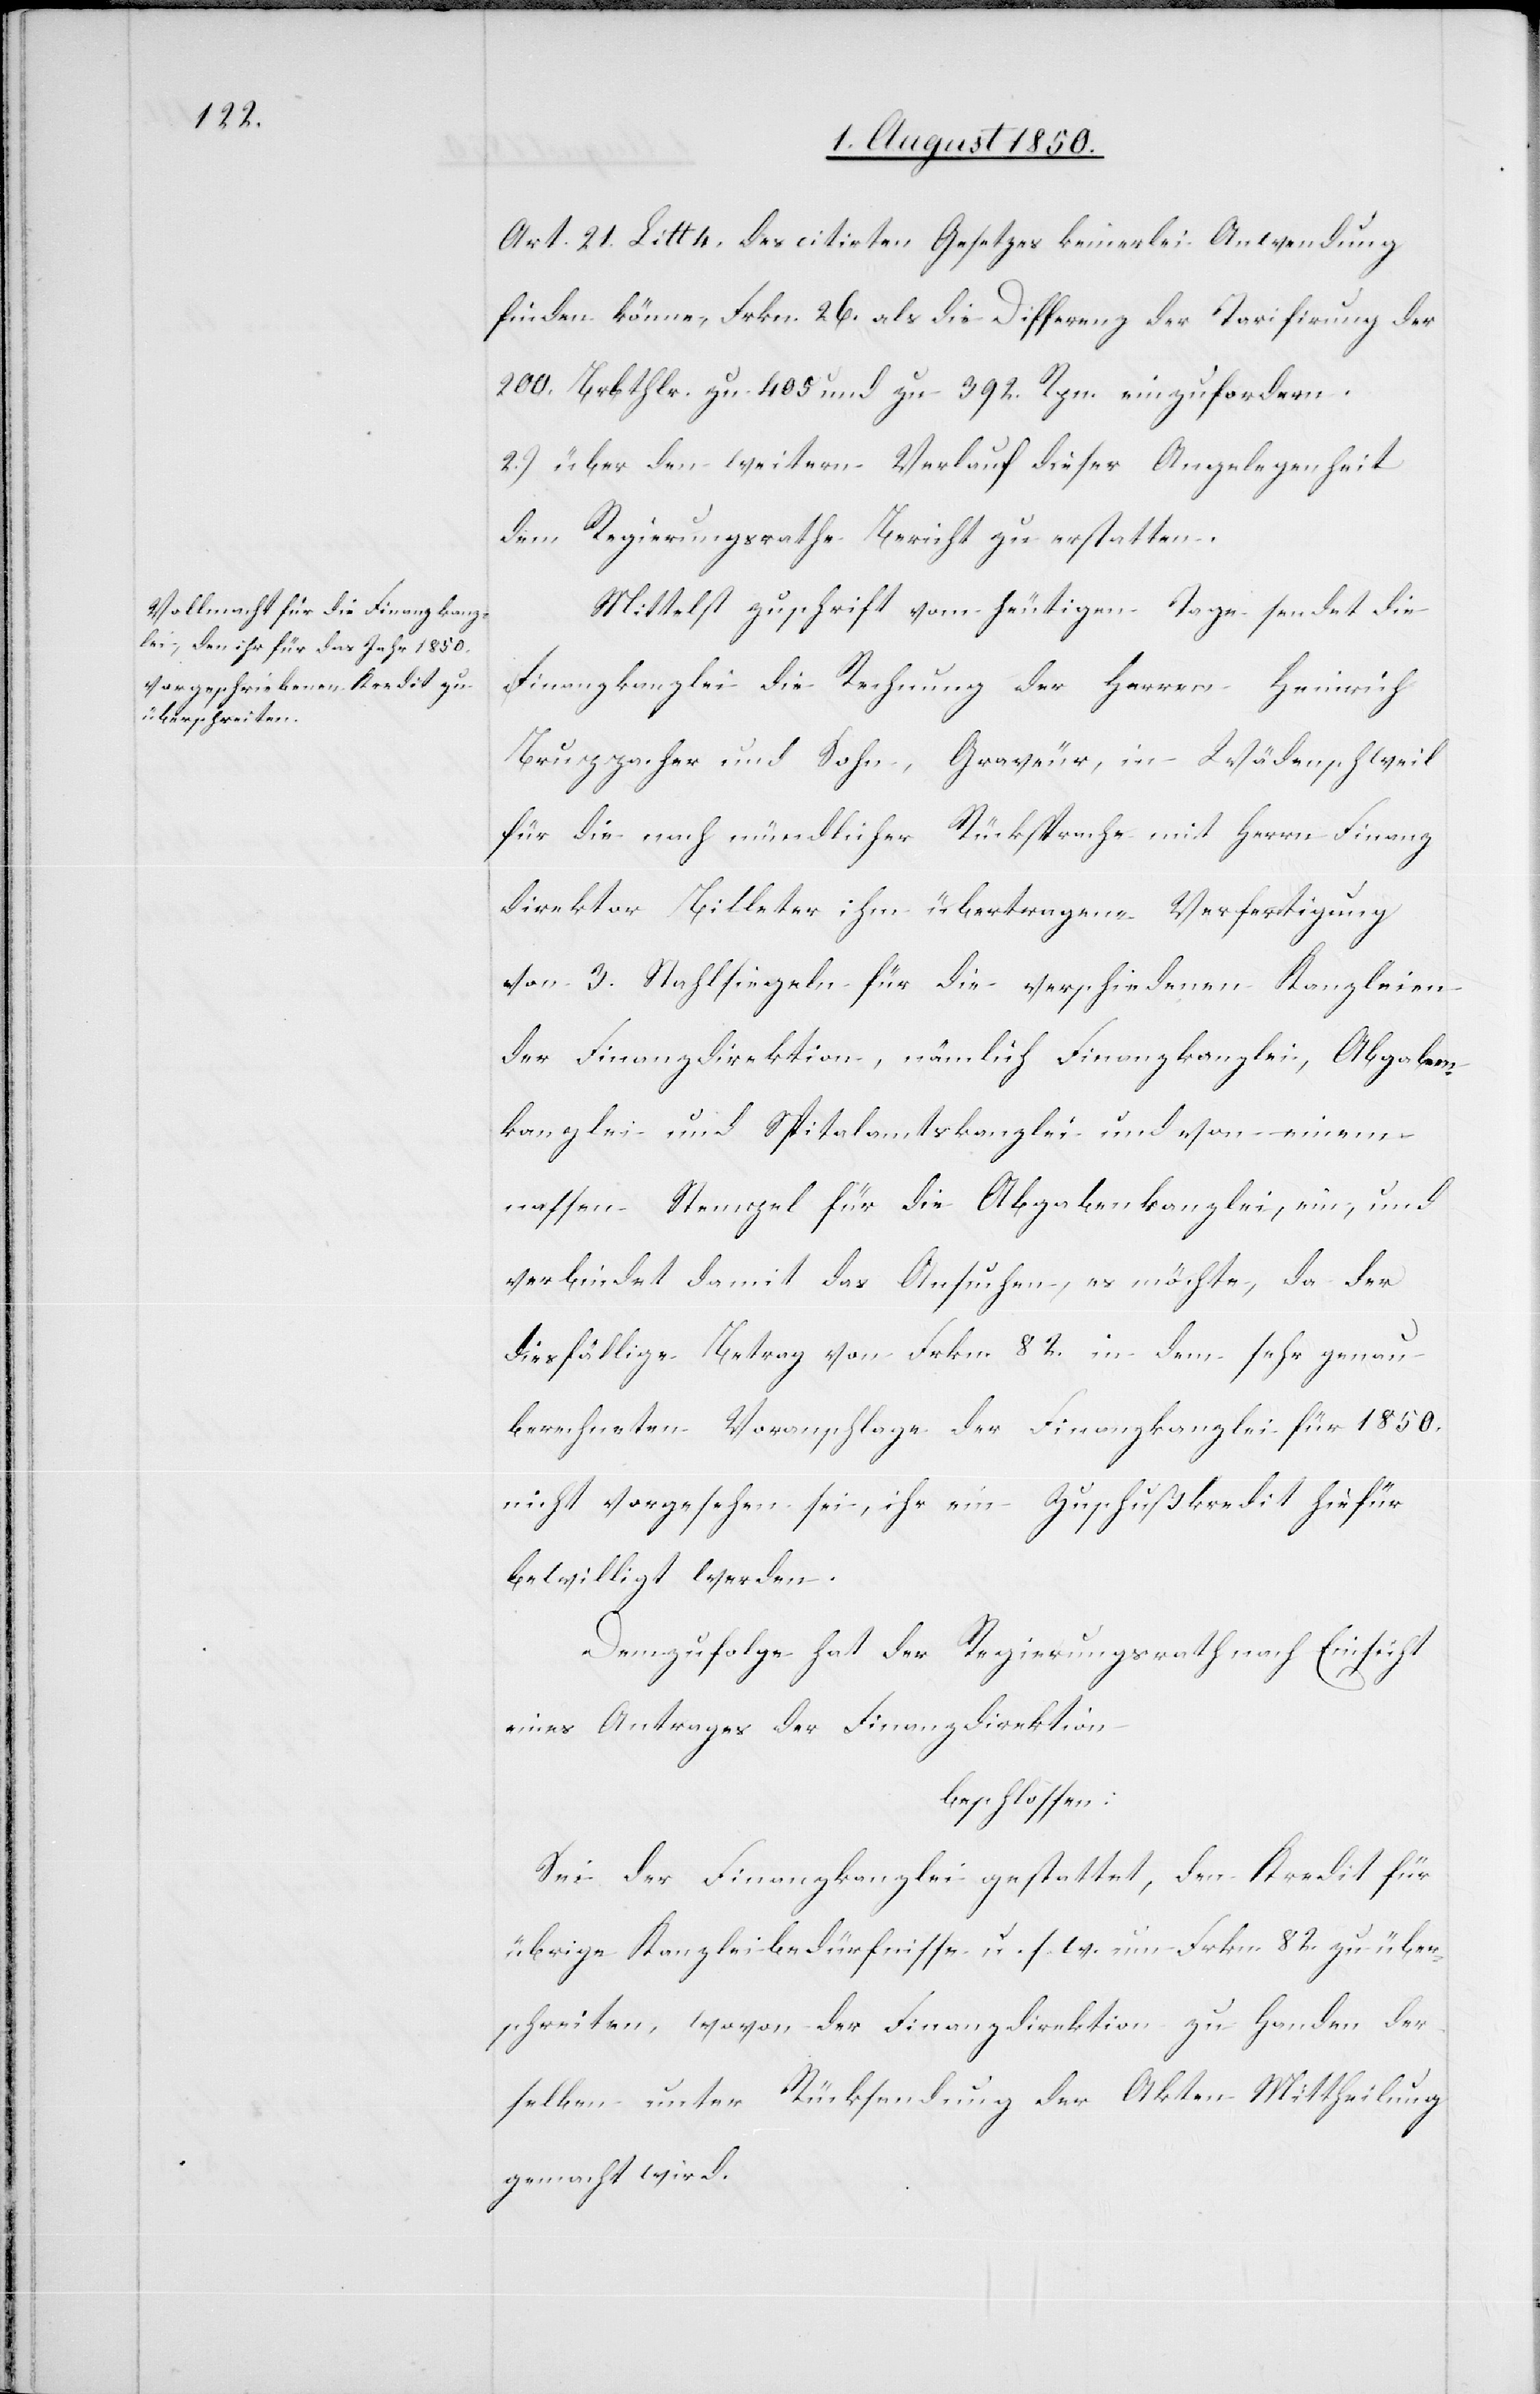
Art. 21. Litt 4. des citirten Gesetzes keinerlei Anwendung
finden könne, Frkn. 26. als die Differenz der Tarifirung der
200. Brbthlr. zu 405 und zu 392. Rpn. einzufordern.
2.) über den weitern Verlauf dieser Angelegenheit
dem Regierungsrathe Bericht zu erstatten.
Mittelst zuschrift [sic!] vom heutigen Tage sendet die
Finanzkanzlei die Rechnung der Herren Heinrich
Bruppacher und Sohn, Graveur, in Wädenschweil
für die nach mündlicher Rücksprache mit Herrn Finanz¬
direktor Billeter ihm übertragene Verfertigung
von 3. Stahlsiegeln für die verschiedenen Kanzleien
der Finanzdirektion, nämlich Finanzkanzlei, Abgaben¬
kanzlei und Spitalamtskanzlei und von einem
nassen Stempel für die Abgabenkanzlei, ein, und
verbindet damit das Ansuchen, es möchte, da der
diesfällige Betrag von Frkn. 82. in dem sehr genau
berechneten Voranschlage der Finanzkanzlei für 1850.
nicht vorgesehen sei, ihr ein Zuschußkredit hiefür
bewilligt werden.
Demzufolge hat der Regierungsrath nach Einsicht
eines Antrages der Finanzdirektion
beschlossen:
Sei der Finanzkanzlei gestattet, den Kredit für
übrige Kanzleibedürfnisse u. s. w. um Frkn. 82. zu über¬
schreiten, wovon der Finanzdirektion zu Handen der¬
selben unter Rücksendung der Akten Mittheilung
gemacht wird.